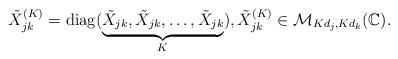
LaTeX: \begin{align*}\tilde{X}^{(K)}_{jk} = \mathrm{diag}(\underbrace{\tilde{X}_{jk},\tilde{X}_{jk},\ldots, \tilde{X}_{jk}}_{K}), \tilde{X}^{(K)}_{jk} \in \mathcal{M}_{Kd_j,Kd_k}(\mathbb{C}).\end{align*}